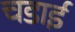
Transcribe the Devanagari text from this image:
चडाई